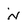
Character: n